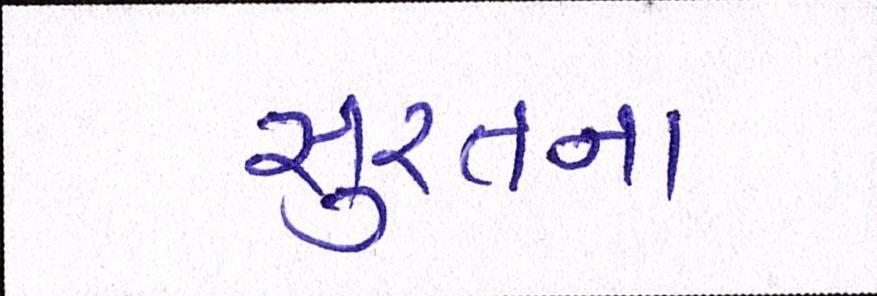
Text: સુરતના